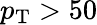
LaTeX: p_{\mathrm{T}}>50